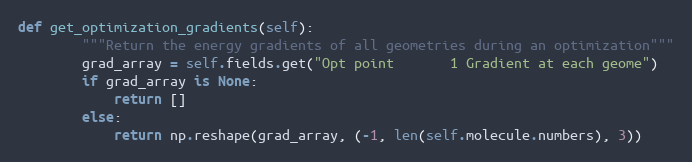
Language: Python
def get_optimization_gradients(self):
        """Return the energy gradients of all geometries during an optimization"""
        grad_array = self.fields.get("Opt point       1 Gradient at each geome")
        if grad_array is None:
            return []
        else:
            return np.reshape(grad_array, (-1, len(self.molecule.numbers), 3))